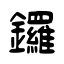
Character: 鑼